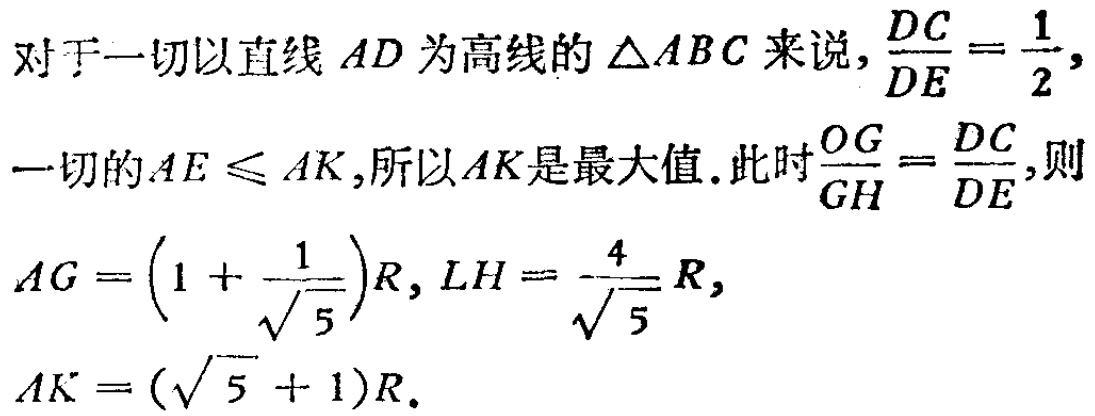
对于一切以直线 \(AD\) 为高线的 \(\triangle ABC\) 来说，\(\frac{DC}{DE}=\frac{1}{2}\)，
一切的 \(AE\leqslant AK\)，所以 \(AK\) 是最大值. 此时 \(\frac{OG}{GH}=\frac{DC}{DE}\)，则
\(AG = \left(1+\frac{1}{\sqrt{5}}\right)R\)，\(LH = \frac{4}{\sqrt{5}}R\)，
\(AK = (\sqrt{5}+1)R\).